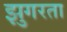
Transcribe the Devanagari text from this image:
झुगरता